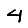
Digit: 4